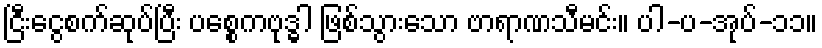
ငြီးငွေစက်ဆုပ်ပြီး ပစ္စေကဗုဒ္ဓါ ဖြစ်သွားသော ဗာရာဏသီမင်း။ ပါ-ပ-အုပ်-၁၁။